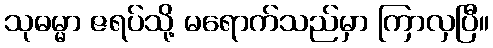
သုဓမ္မာ ဇရပ်သို့ မရောက်သည်မှာ ကြာလှပြီ။